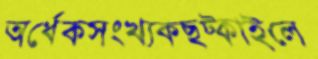
অর্ধেকসংখ্যকছট্‌কাইলে